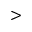
>